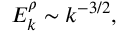
E _ { k } ^ { \rho } \sim k ^ { - 3 / 2 } ,